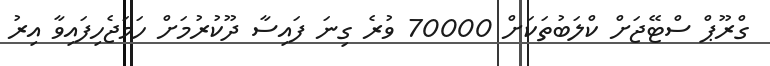
ގްރޫޕް ސްޓޭޖަށް ކްލަބުތަކަށް 70000 ވުރެ ގިނަ ފައިސާ ދޫކުރުމަށް ހަމަޖެހިފައިވާ އިރު